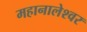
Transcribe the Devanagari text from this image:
महानालेश्वर